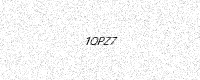
Text: 1QPZ7